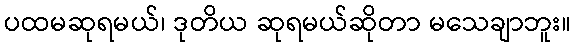
ပထမဆုရမယ်၊ ဒုတိယ ဆုရမယ်ဆိုတာ မသေချာဘူး။